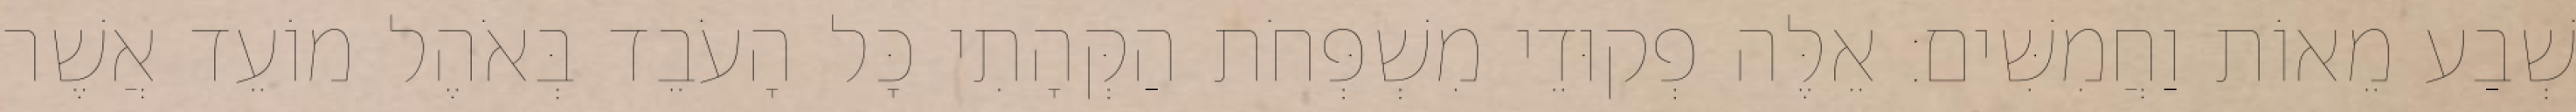
שְׁבַע מֵאוֹת וַחֲמִשִּׁים׃ אֵלֶּה פְקוּדֵי מִשְׁפְּחֹת הַקְּהָתִי כָּל הָעֹבֵד בְּאֹהֶל מוֹעֵד אֲשֶׁר